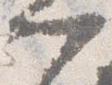
門